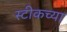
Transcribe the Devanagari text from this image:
स्टीकच्या